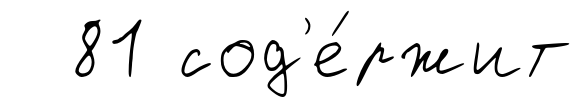
81 сод'е́ржит